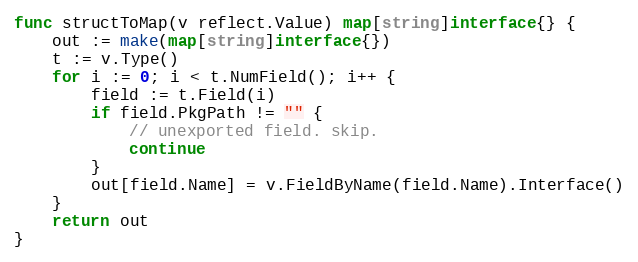
Language: Go
func structToMap(v reflect.Value) map[string]interface{} {
	out := make(map[string]interface{})
	t := v.Type()
	for i := 0; i < t.NumField(); i++ {
		field := t.Field(i)
		if field.PkgPath != "" {
			// unexported field. skip.
			continue
		}
		out[field.Name] = v.FieldByName(field.Name).Interface()
	}
	return out
}